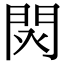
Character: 𨳥